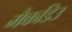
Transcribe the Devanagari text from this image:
मैकडिउ